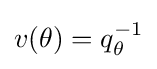
{\textstyle v(\theta )=q_{\theta }^{-1}}